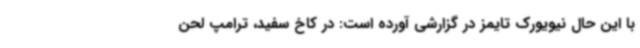
با این حال نیویورک تایمز در گزارشی آورده است: در کاخ سفید، ترامپ لحن